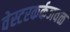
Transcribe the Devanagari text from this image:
वेस्टरकर्कजवळ